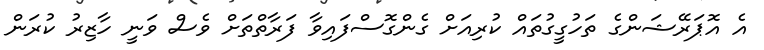
އެ އޮޕަރޭޝަންގެ ތަހުގީގުތައް ކުރިއަށް ގެންގޮސްފައިވާ ފަރާތްތަށް ވެސް ވަނީ ހާޒިރު ކުރަން